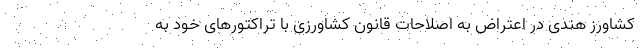
کشاورز هندی در اعتراض به اصلاحات قانون کشاورزی با تراکتورهای خود به